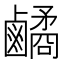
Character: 𪊀